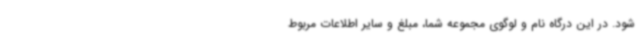
شود. در این درگاه نام و لوگوی مجموعه شما، مبلغ و سایر اطلاعات مربوط